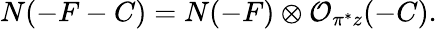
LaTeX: N(-F-C)=N(-F)\otimes{\cal O}_{\pi^{*}z}(-C).